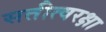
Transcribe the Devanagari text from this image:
सतीत्वरक्षा